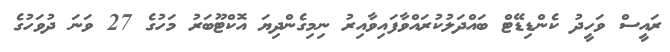
ރައީސް ވަހީދު ކެންޑިޑޭޓް ބައްދަލުކުރައްވާފައިވާއިރު ނިމިގެންދިޔަ އޮކްޓޫބަރު މަހުގެ 27 ވަނަ ދުވަހުގެ